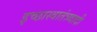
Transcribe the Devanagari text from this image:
इच्छास्वातंत्र्य्वादी